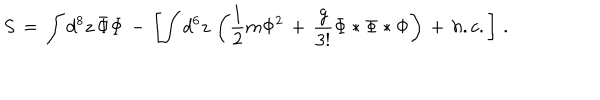
S \, = \, \int d ^ { 8 } z \, \bar { \Phi } \Phi \, - \, \left[ \int d ^ { 6 } z \, \left( \frac { 1 } { 2 } m \Phi ^ { 2 } \, + \, \frac { g } { 3 ! } \Phi * \Phi * \Phi \right) \, + \, h . c . \right] \, .